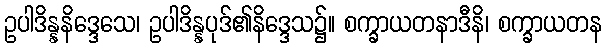
ဥပါဒိန္နနိဒ္ဒေသေ၊ ဥပါဒိန္နပုဒ်၏နိဒ္ဒေသ၌။ စက္ခာယတနာဒီနိ၊ စက္ခာယတန